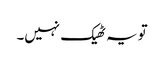
تو یہ ٹھیک نہیں۔